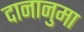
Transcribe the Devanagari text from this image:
दानानुमा